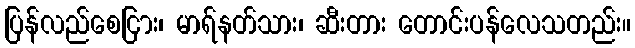
ပြန်လည်စေငြား၊ မာရ်နတ်သား၊ ဆီးတား တောင်းပန်လေသတည်း။